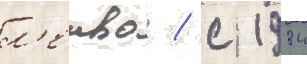
л'енво / с 1934